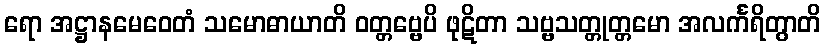
ရော အဋ္ဌာနမေဝေတံ သမောဓာယာတိ ဝတ္တဗ္ဗေပိ ဖုဋိတာ သဗ္ဗသတ္တုတ္တမော အလင်္ကရိတွာတိ